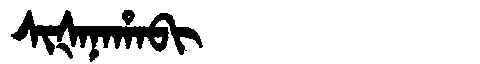
Manchu: ᠰᡳᡧᠠᠨᠠᡥᠠᠪᡳ
Romanization: SIŠANAHABI